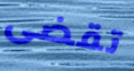
تقضى